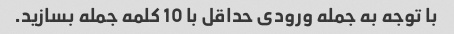
با توجه به جمله ورودی حداقل با 10 کلمه جمله بسازید.